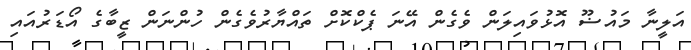
އަލީނާ މައުޟޫ އޮޅުވައިލަން ވެގެން އޭނަ ޕެކްކޮށް ތައްޔާރުވެގެން ހުންނަން ޒީބާގެ އޯޑަރުއައި